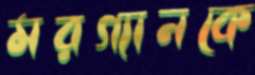
মরগ্যানকে